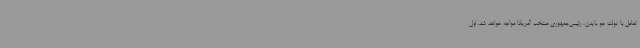
تعامل با دولت جو بایدن، رئیس‌جمهوری منتخب آمریکا مواجه خواهد شد. اول